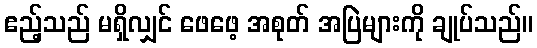
ဧည့်သည် မရှိလျှင် ဖေဖေ့ အစုတ် အပြဲများကို ချုပ်သည်။